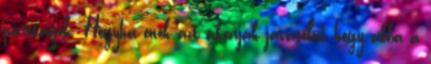
párttagok. Hogyha önök azt akarják javasolni, hogy abba a